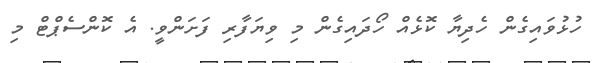
ހުޅުވައިގެން ހެދިޔާ ކޮޅެއް ހޯދައިގެން މި ވިޔަފާރި ފަށަންވީ. އެ ކޮންސެޕްޓް މި